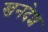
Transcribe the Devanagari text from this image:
खनदेश